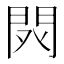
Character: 𨳥